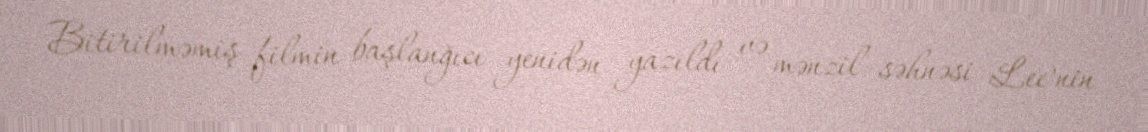
Bitirilməmiş filmin başlanğıcı yenidən yazıldı və mənzil səhnəsi Lee’nin